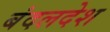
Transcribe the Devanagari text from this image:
बंदलदेश